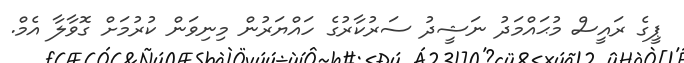
ޕީގެ ރައީސް މުޙައްމަދު ނަޝީދު ސަރުކާރުގެ ހައްޔަރުން މިނިވަން ކުރުމަށް ގޮވާލާ އެމް.